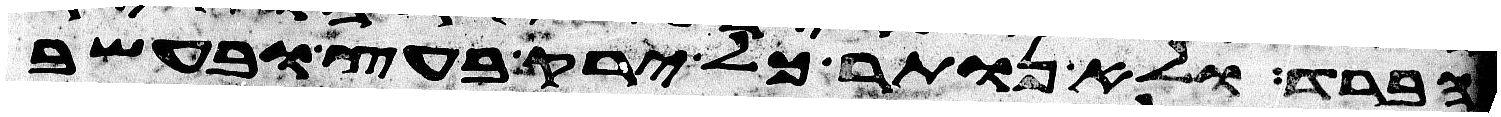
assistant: הברד ולא נותר כל ירק בעץ ובעשב